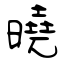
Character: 曉